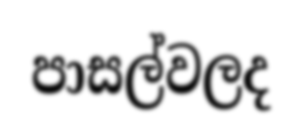
පාසල්වලද